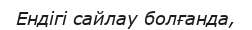
Ендігі сайлау болғанда,